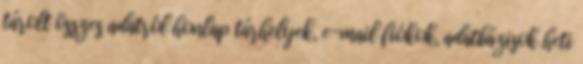
tárolt összes adatról honlap tárhelyek, e-mail fiókok, adatbázisok heti